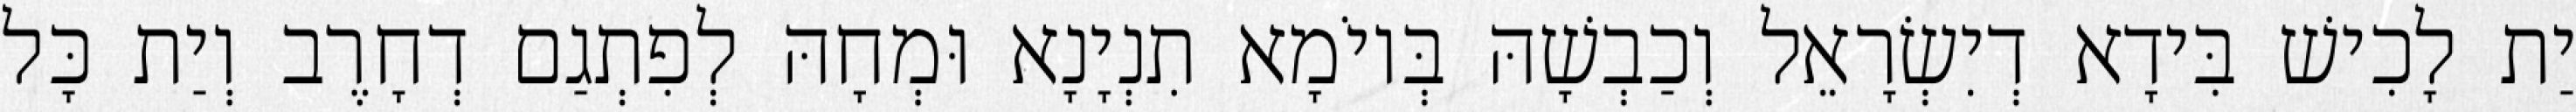
יַת לָכִישׁ בִּידָא דְיִשְׂרָאֵל וְכַבְשָׁהּ בְּיוֹמָא תִנְיָנָא וּמְחָהּ לְפִתְגַם דְחָרֶב וְיַת כָּל